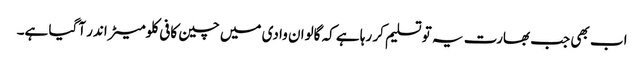
اب بھی جب بھارت یہ تو تسلیم کر رہا ہے کہ گالوان وادی میں چین کافی کلومیٹر اندر آگیا ہے۔